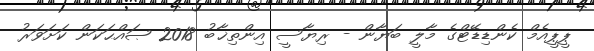
ޕީޕީއެމް ކެންޑިޑޭޓްގެ މާލީ ބަޔާން - ރިޔާސީ އިންތިޚާބު 2018 ޞައްޙަކަން ކަށަވަރު